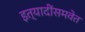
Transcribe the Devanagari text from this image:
इत्यादींसमवेत